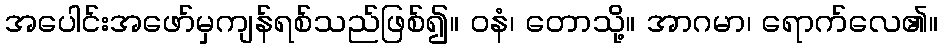
အပေါင်းအဖော်မှကျန်ရစ်သည်ဖြစ်၍။ ဝနံ၊ တောသို့။ အာဂမာ၊ ရောက်လေ၏။